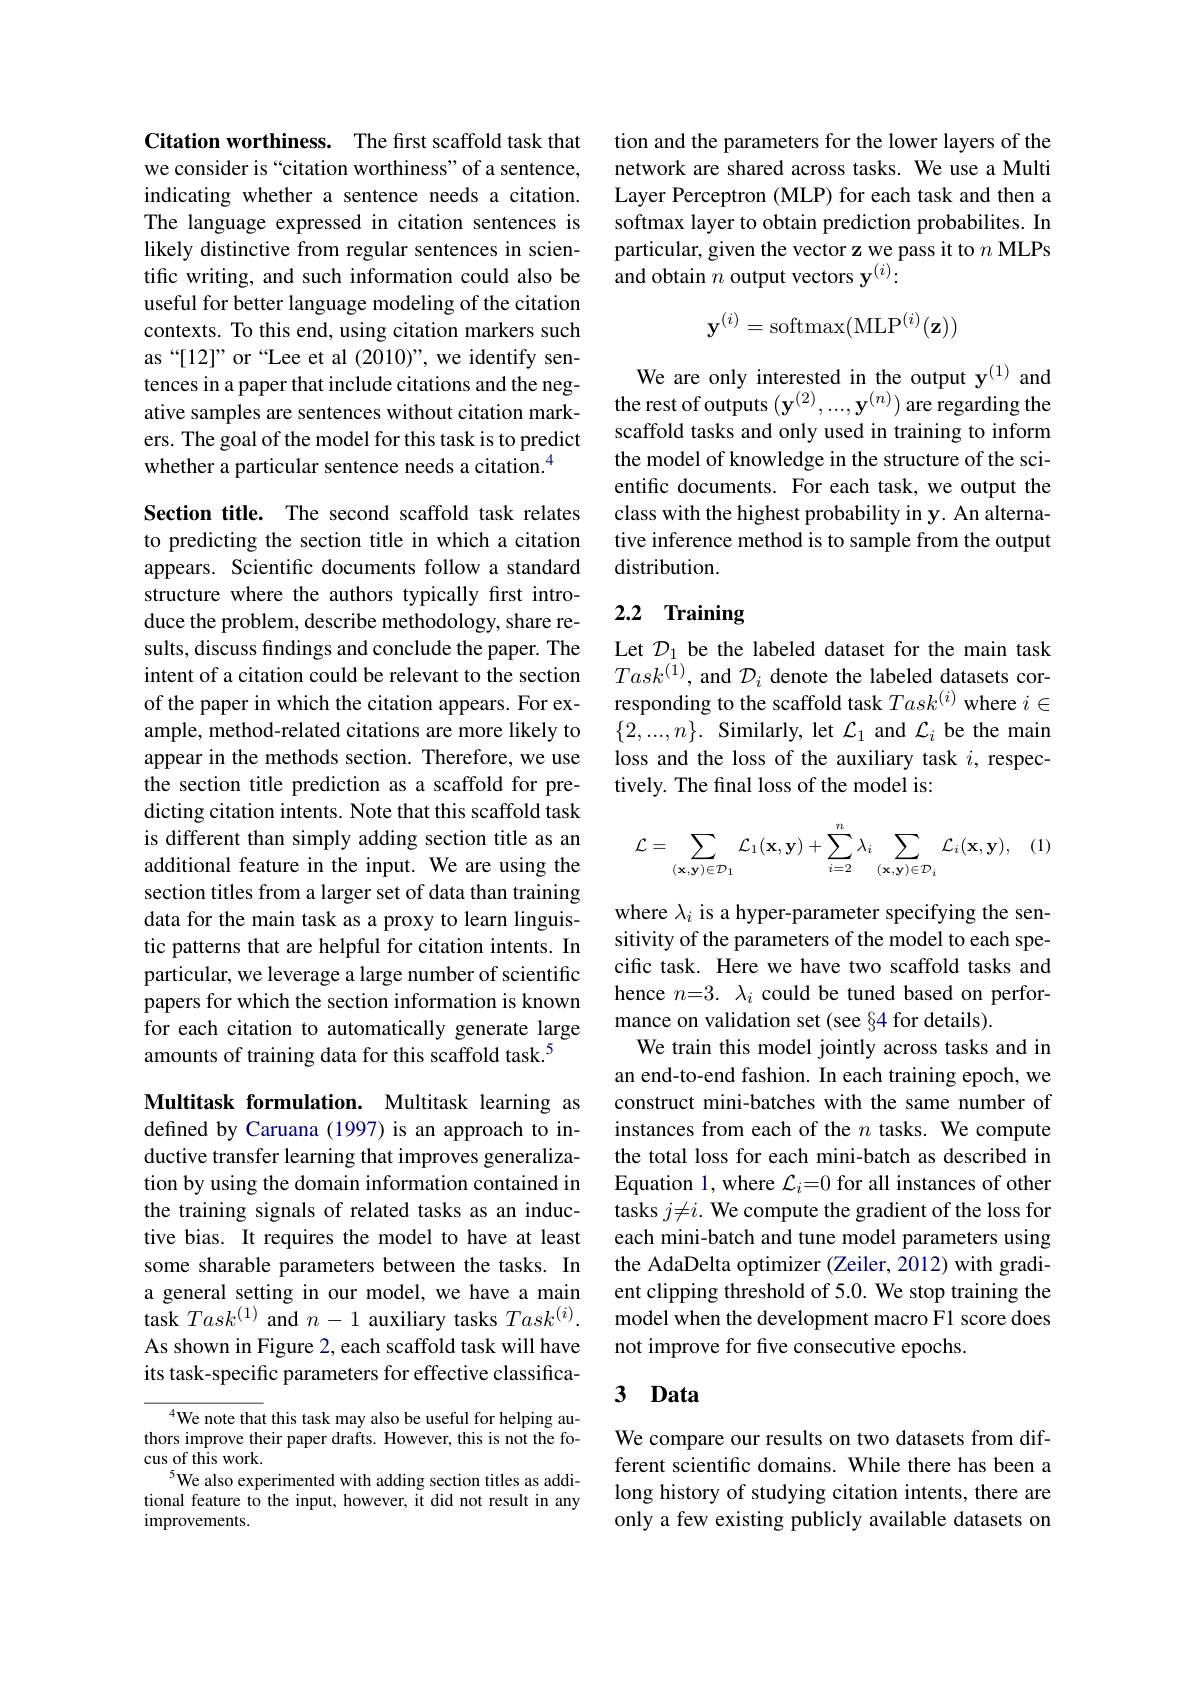
Citation worthiness. The first scaffold task that we consider is “citation worthiness" of a sentence, indicating whether a sentence needs a citation. The language expressed in citation sentences is likely distinctive from regular sentences in scientific writing, and such information could also be useful for better language modeling of the citation contexts. To this end, using citation markers such as“[12]” or“Lee et al(2010)”, we identify sentences in a paper that include citations and the negative samples are sentences without citation markers. The goal of the model for this task is to predict whether a particular sentence needs a citation.$^{4}$

Section title. The second scaffold task relates to predicting the section title in which a citation appears. Scientific documents follow a standard structure where the authors typically first introduce the problem, describe methodology, share results, discuss findings and conclude the paper. The intent of a citation could be relevant to the section of the paper in which the citation appears. For example, method-related citations are more likely to appear in the methods section. Therefore, we use the section title prediction as a scaffold for predicting citation intents. Note that this scaffold task is different than simply adding section title as an additional feature in the input. We are using the section titles from a larger set of data than training data for the main task as a proxy to learn linguistic patterns that are helpful for citation intents. In particular, we leverage a large number of scientific papers for which the section information is known for each citation to automatically generate large amounts of training data for this scaffold task.$^{5}$

Multitask formulation. Multitask learning as defined by Caruana (1997) is an approach to inductive transfer learning that improves generalization by using the domain information contained in the training signals of related tasks as an inductive bias. It requires the model to have at least some sharable parameters between the tasks. In a general setting in our model, we have a main task $Task^{(1)}$ and $n-1$ auxiliary tasks $Task^(i).$ As shown in Figure 2, each scaffold task will have its task-specific parameters for effective classifica-

${^{4}\text{We note that this task may also be useful for helping au-}}$ thors improve their paper drafts. However, this is not the focus of this work.
$^{5}$We also experimented with adding section titles as additional feature to the input, however, it did not result in any improvements.

tion and the parameters for the lower layers of the network are shared across tasks. We use a Multi Layer Perceptron (MLP) for each task and then a softmax layer to obtain prediction probabilites. In particular, given the vector z we pass it to $n$ MLPs and obtain $n$ output vectors y$^{(i)}:$
$$\mathbf{y}^{(i)}=\mathrm{softmax}(\mathrm{MLP}^{(i)}(\mathbf{z}))$$
We are only interested in the output y$^{(1)}$ and the rest of outputs $(\mathbf{y}^{(2)},...,\mathbf{y}^{(n)})$ are regarding the scaffold tasks and only used in training to inform the model of knowledge in the structure of the scientific documents. For each task, we output the class with the highest probability in y. An alternative inference method is to sample from the output distribution.

# 2.2 Training

Let $D_{1}$ be the labeled dataset for the main task $Task^{(1)}$, and $\mathcal{D}_i$ denote the labeled datasets corresponding to the scaffold task $Task^{(i)}$ where $i\in$ $\{2,...,n\}.$ Similarly, let $\mathcal{L}_1$ and $\mathcal{L}_i$ be the main loss and the loss of the auxiliary task $i$, respectively. The final loss of the model is:
$$\mathcal{L}=\sum_{(\mathbf{x},\mathbf{y})\in\mathcal{D}_1}\mathcal{L}_1(\mathbf{x},\mathbf{y})+\sum_{i=2}^n\lambda_i\sum_{(\mathbf{x},\mathbf{y})\in\mathcal{D}_i}\mathcal{L}_i(\mathbf{x},\mathbf{y}),$$
where $\lambda_i$ is a hyper-parameter specifying the sensitivity of the parameters of the model to each specific task. Here we have two scaffold tasks and hence $n= 3.$ $\lambda _i$ could be tuned based on performance on validation set (see §4 for details).
We train this model jointly across tasks and in an end-to-end fashion. In each training epoch, we construct mini-batches with the same number of instances from each of the $n$ tasks. We compute the total loss for each mini-batch as described in Equation 1, where $\mathcal{L}_i=0$ for all instances of other tasks $j\neq i.$ We compute the gradient of the loss for each mini-batch and tune model parameters using the AdaDelta optimizer (Zeiler, 2012) with gradient clipping threshold of 5.0. We stop training the model when the development macro F1 score does not improve for five consecutive epochs.

## 3 Data

We compare our results on two datasets from different scientific domains. While there has been a long history of studying citation intents, there are only a few existing publicly available datasets on